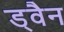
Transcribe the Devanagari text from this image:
ड्वैन